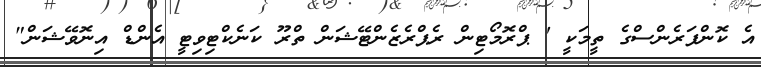
އެ ކޮންފަރެންސްގެ ތީމަކީ ' ޕްރޮމޯޓިން ރެޕްރެޒެންޓޭޝަން ތްރޫ ކަނެކްޓިވިޓީ އެންޑް އިނޮވޭޝަން"